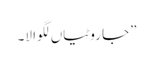
”جا روٹیاں لگوا لا۔